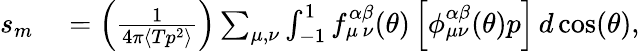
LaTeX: \begin{array}{rl}{s_{m}}&{{}=\left(\frac{1}{4\pi\langle Tp^{2}\rangle}\right)\sum_{{\mu},{\nu}}\int_{-1}^{1}f_{{\mu}\, {\nu}}^{\alpha\beta}(\theta)\left[\phi_{{\mu}{\nu}}^{\alpha\beta}(\theta)p\right]\, d\cos(\theta),}\end{array}